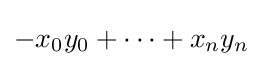
-x_{0}y_{0}+\cdots +x_{n}y_{n}